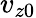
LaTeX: v_{z0}